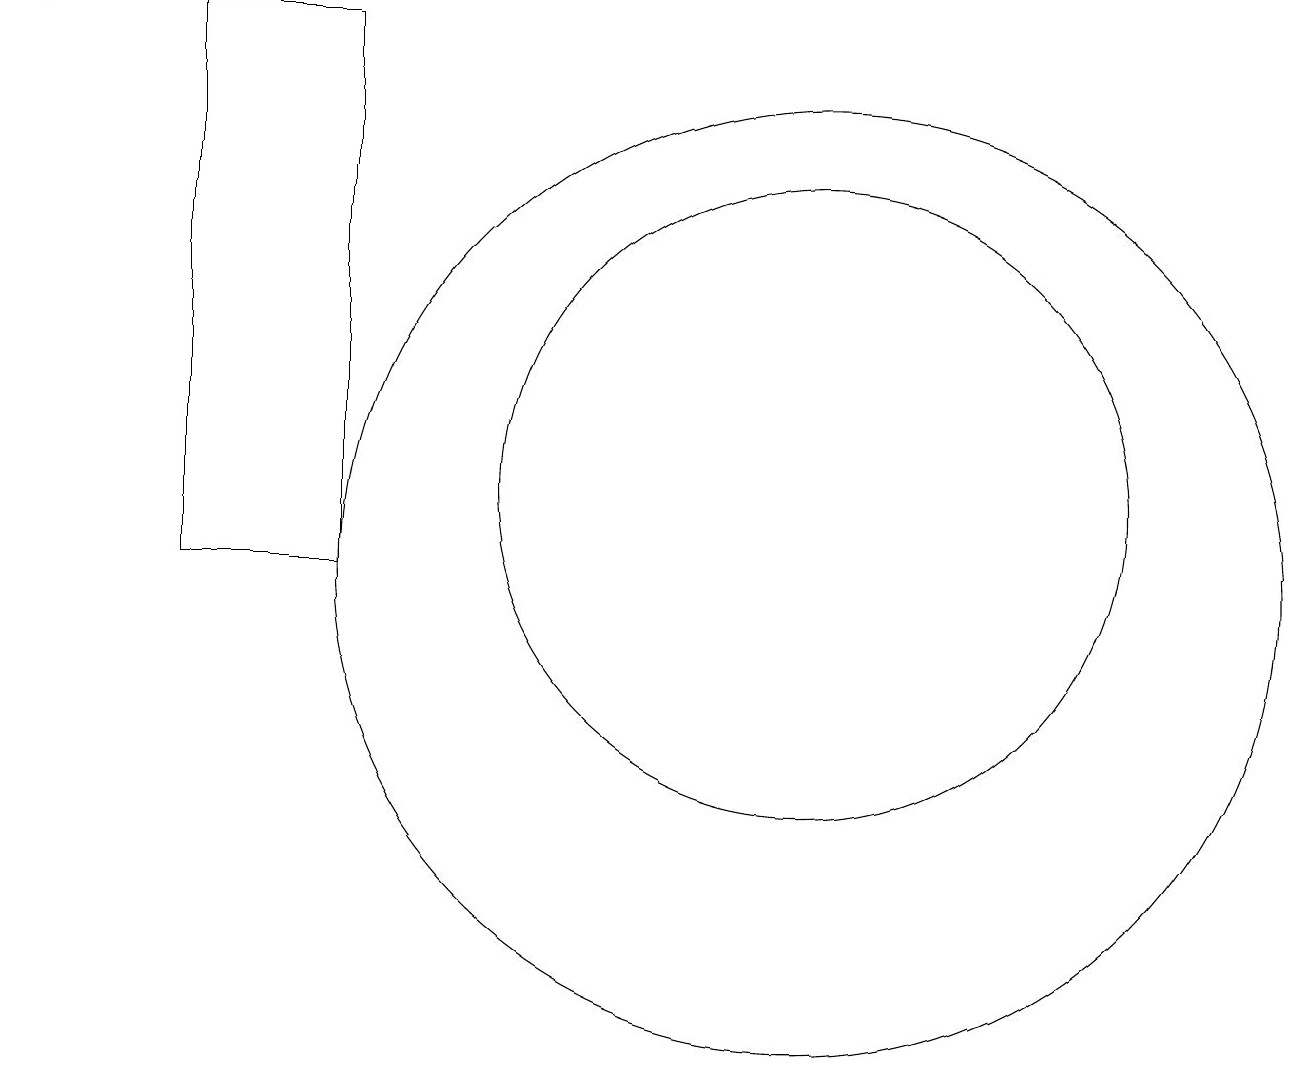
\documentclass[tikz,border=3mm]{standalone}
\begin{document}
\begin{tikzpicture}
\draw (5,10) rectangle (3,17);
\draw (11,11) circle (4);
\draw (11,10) circle (6);
\draw[->] (1,17) -- (1,17);
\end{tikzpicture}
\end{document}